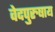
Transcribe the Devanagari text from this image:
वेदपुरुषाय